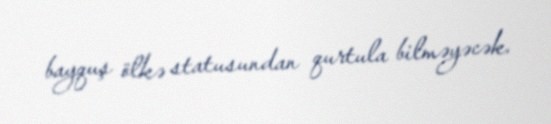
bayquş ölkə statusundan qurtula bilməyəcək.